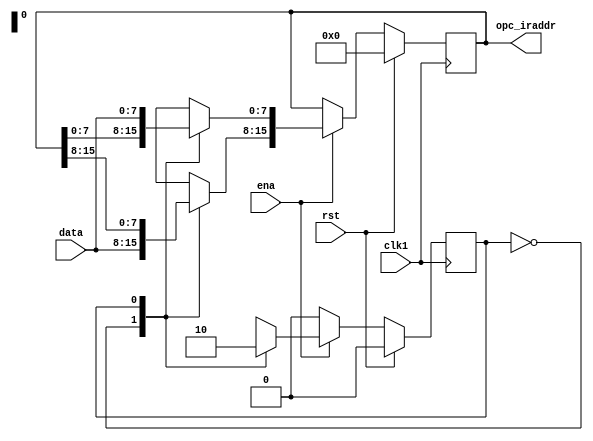
`timescale 1ns / 1ns
module register (
    opc_iraddr,
    data,
    ena,
    clk1,
    rst
);

    output [15:0] opc_iraddr;
    input [7:0] data;
    input ena, clk1, rst;
    reg [15:0] opc_iraddr;
    reg        state;

    always @(posedge clk1) begin
        if (rst) begin
            opc_iraddr <= 16'b0000000000000000;
            state      <= 1'b0;
        end

        else begin
            if (ena)  // load ir
                begin  //8

                casex (state)  //
                    1'b0: begin
                        opc_iraddr[15:8] = data;
                        state <= 1;
                    end
                    1'b1: begin
                        opc_iraddr[7:0] = data;
                        state <= 0;
                    end
                    default: begin
                        opc_iraddr[15:0] = 16'bxxxxxxxxxxxxxxxx;
                        state <= 1'bx;
                    end
                endcase
            end

            else state <= 1'b0;

        end
    end
endmodule